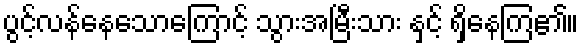
ပွင့်လန်နေသောကြောင့် သွားအမြီးသား နှင့် ရှိနေကြ၏။